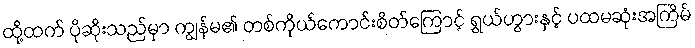
ထို့ထက် ပိုဆိုးသည်မှာ ကျွန်မ၏ တစ်ကိုယ်ကောင်းစိတ်ကြောင့် ရွှယ်ဟွားနှင့် ပထမဆုံးအကြိမ်